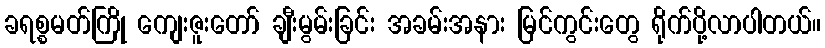
ခရစ္စမတ်ကြို ကျေးဇူးတော် ချီးမွမ်းခြင်း အခမ်းအနား မြင်ကွင်းတွေ ရိုက်ပို့လာပါတယ်။